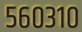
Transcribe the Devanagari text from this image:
५६०३१०